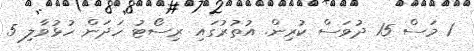
1 މަސް 15 ދުވަސް ކުރިން. އުތުރުގައި ރިސޯޓު ހަދަން ހުޅުވާލި 5